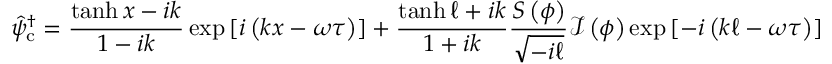
\hat { \psi } _ { \mathrm { c } } ^ { \dagger } = \frac { \operatorname { t a n h } x - i k } { 1 - i k } \exp { [ i \left( k x - \omega \tau \right) ] } + \frac { \operatorname { t a n h } \ell + i k } { 1 + i k } \frac { S \left( \phi \right) } { \sqrt { - i \ell } } \mathcal { I } \left( \phi \right) \exp { [ - i \left( k \ell - \omega \tau \right) ] }